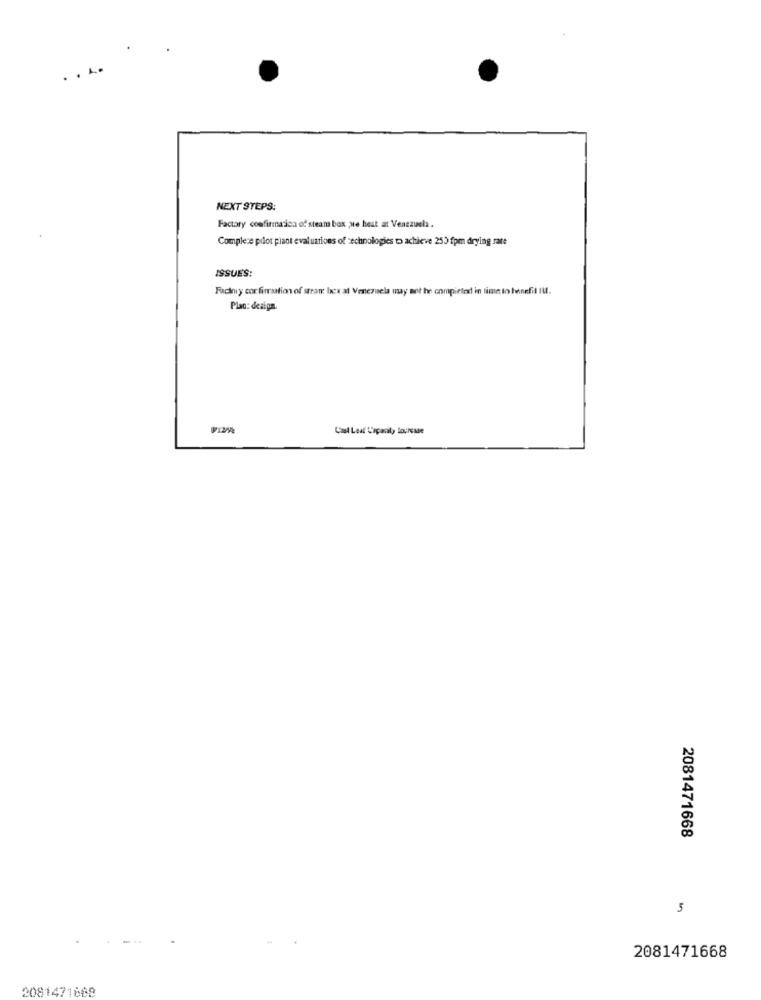
. . ..
NEXT STEPS:
Factory confirmation of steam box ;we hest at Venezuela.
Complexe pilot piant evaluations of technologies to achieve 253 fpm drying rate
ISSUES:
Factory cor firmaation of stran bex at Venezuela may not be compieled in lime to benefit IM.
Plac: design.
Cal Leaf Capacity topresse
2081471668
5
2081471668
2081471668